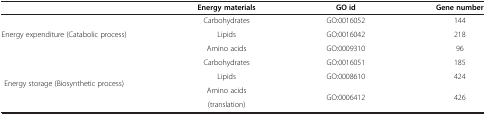
|  | Energy materials | GO id | Gene number |
 | --- | --- | --- | --- |
 | <ROWSPAN=3> Energy expenditure (Catabolic process) | Carbohydrates | GO:0016052 | 144 |
 | Lipids | GO:0016042 | 218 |
 | Amino acids | GO:0009310 | 96 |
 | <ROWSPAN=4> Energy storage (Biosynthetic process) | Carbohydrates | GO:0016051 | 185 |
 | Lipids | GO:0008610 | 424 |
 | Amino acids | <ROWSPAN=2> GO:0006412 | <ROWSPAN=2> 426 |
 | (translation) |